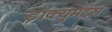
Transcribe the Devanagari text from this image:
डॉक्युमेंट्‌स